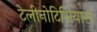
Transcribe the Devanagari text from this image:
टेलीनोटिसियास